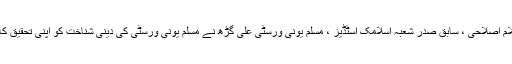
پروفیسر ظفر الاسلام اصلاحی ، سابق صدر شعبہ اسلامک اسٹڈیز ، مسلم یونی ورسٹی علی گڑھ نے مسلم یونی ورسٹی کی دینی شناخت کو اپنی تحقیق کا موضوع بنایا ہے۔